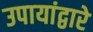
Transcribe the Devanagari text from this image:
उपायांद्वारे